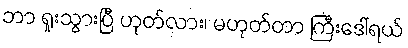
ဘာ ရူးသွားပြီ ဟုတ်လား၊ မဟုတ်တာ ကြီးဒေါ်ရယ်